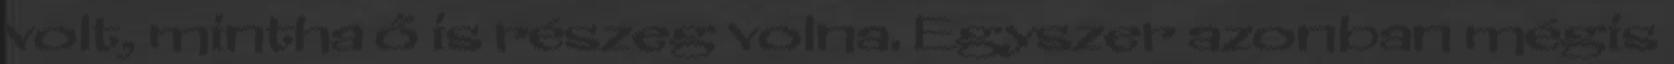
volt, mintha ő is részeg volna. Egyszer azonban mégis